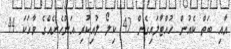
އާއި ބަތް ކެއުން ހުއްޓާލައިގެން 42 ކިލޯ ލުއިކުރި އަންހެނެއްގެ ވާހަކަ 44